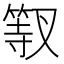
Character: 𱸎